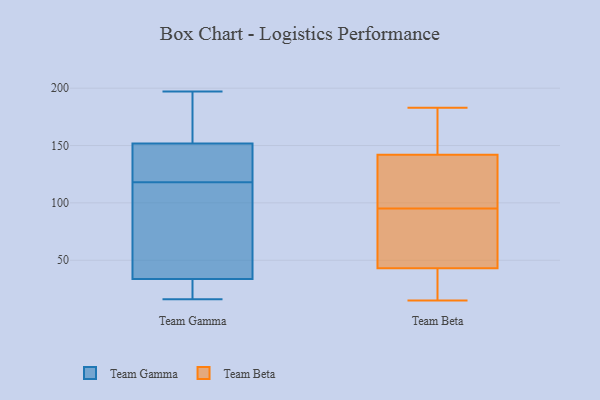
{"axis": {"x": "Budget (USD K)", "y": "Value"}, "legend": ["Team Beta", "Team Gamma"], "data": [{"x": "", "y": 142, "type": "Team Gamma"}, {"x": "", "y": 35, "type": "Team Gamma"}, {"x": "", "y": 118, "type": "Team Gamma"}, {"x": "", "y": 178, "type": "Team Gamma"}, {"x": "", "y": 30, "type": "Team Gamma"}, {"x": "", "y": 16, "type": "Team Gamma"}, {"x": "", "y": 197, "type": "Team Gamma"}, {"x": "", "y": 133, "type": "Team Gamma"}, {"x": "", "y": 28, "type": "Team Gamma"}, {"x": "", "y": 77, "type": "Team Gamma"}, {"x": "", "y": 143, "type": "Team Gamma"}, {"x": "", "y": 38, "type": "Team Gamma"}, {"x": "", "y": 184, "type": "Team Gamma"}, {"x": "", "y": 50, "type": "Team Beta"}, {"x": "", "y": 162, "type": "Team Beta"}, {"x": "", "y": 15, "type": "Team Beta"}, {"x": "", "y": 85, "type": "Team Beta"}, {"x": "", "y": 122, "type": "Team Beta"}, {"x": "", "y": 17, "type": "Team Beta"}, {"x": "", "y": 36, "type": "Team Beta"}, {"x": "", "y": 113, "type": "Team Beta"}, {"x": "", "y": 119, "type": "Team Beta"}, {"x": "", "y": 174, "type": "Team Beta"}, {"x": "", "y": 79, "type": "Team Beta"}, {"x": "", "y": 164, "type": "Team Beta"}, {"x": "", "y": 54, "type": "Team Beta"}, {"x": "", "y": 183, "type": "Team Beta"}, {"x": "", "y": 105, "type": "Team Beta"}, {"x": "", "y": 33, "type": "Team Beta"}]}